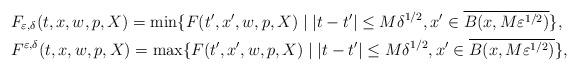
LaTeX: \begin{align*}&F_{\varepsilon,\delta}(t,x,w,p,X)=\min\{F(t',x',w,p,X) \mid |t-t'|\le M\delta^{1/2},x'\in\overline{B(x,M\varepsilon^{1/2})}\},\\&F^{\varepsilon,\delta}(t,x,w,p,X)=\max\{F(t',x',w,p,X) \mid |t-t'|\le M\delta^{1/2},x'\in\overline{B(x,M\varepsilon^{1/2})}\},\end{align*}